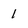
Character: 1